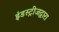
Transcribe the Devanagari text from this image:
इंडस्ट्रीजद्वारा